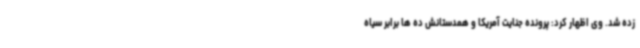
زده شد. وی اظهار کرد: پرونده جنایت آمریکا و همدستانش ده ها برابر سیاه